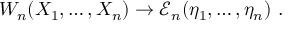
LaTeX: { \cal W } _ { n } ( X _ { 1 } , \ldots , X _ { n } ) \rightarrow { \mathcal E } _ { n } ( \eta _ { 1 } , \ldots , \eta _ { n } ) \ .